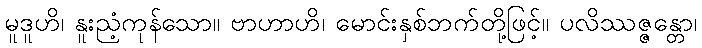
မူဒူဟိ၊ နူးညံ့ကုန်သော။ ဗာဟာဟိ၊ မောင်းနှစ်ဘက်တို့ဖြင့်။ ပလိဿဇ္ဇန္တော၊